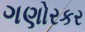
ગણોરકર